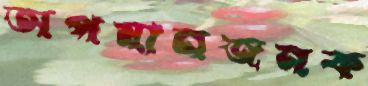
অপমানজনক